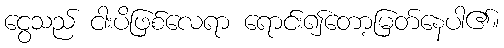
ငွေသည် ငါးပိဖြစ်လေရာ ရောင်း၍တော့မြတ်နေပါ၏။